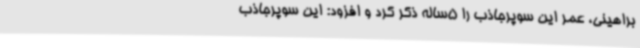
براهینی، عمر این سوپرجاذب را 5ساله ذکر کرد و افزود: این سوپرجاذب